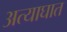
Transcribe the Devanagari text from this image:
अत्याघात